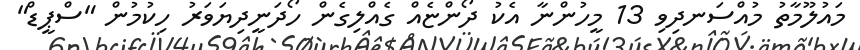
މައުލޫމާތު މުއްސަނދިވި 13 މީހުންނާ އެކު ދޯންޏެއް ގެއްލިގެން ހޯދަނީދިޔަވަރު ހިކުމުން "ސްޕީޑް"